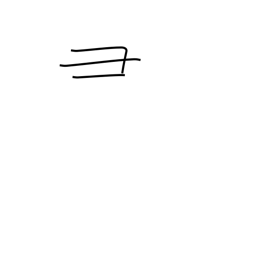
Meaning: pig's head radical (no. 58)